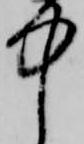
中